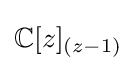
\mathbb {C} [z]_{(z-1)}